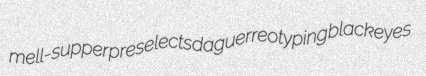
mell-supper preselects daguerreotyping blackeyes